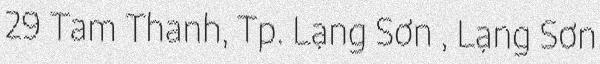
29 Tam Thanh, Tp. Lạng Sơn , Lạng Sơn